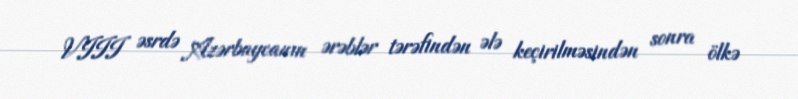
VIII əsrdə Azərbaycanın ərəblər tərəfindən ələ keçirilməsindən sonra ölkə